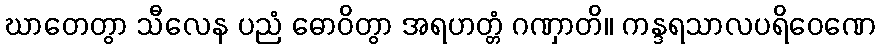
ဃာတေတွာ သီလေန ပညံ ဓောဝိတွာ အရဟတ္တံ ဂဏှာတိ။ ကန္ဒရသာလပရိဝေဏေ